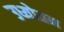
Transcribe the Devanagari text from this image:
उध्योतन